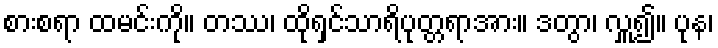
စားစရာ ထမင်းကို။ တဿ၊ ထိုရှင်သာရိပုတ္တရာအား။ ဒတွာ၊ လှူ၍။ ပုန၊